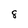
Character: 8